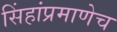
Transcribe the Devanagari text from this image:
सिंहांप्रमाणेच